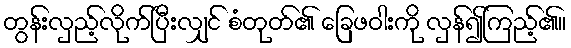
တွန်းလှည့်လိုက်ပြီးလျှင် စံတုတ်၏ ခြေဖဝါးကို လှန်၍ကြည့်၏။